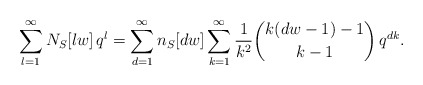
\begin{align*}\sum_{l=1}^{\infty}N_{S}[lw]\, q^{l}=\sum_{d=1}^{\infty}n_{S}[dw]\sum_{k=1}^{\infty}\frac{1}{k^{2}}\binom{k(dw-1)-1}{k-1}\, q^{dk}.\end{align*}